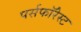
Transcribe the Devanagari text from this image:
पर्सफॉरेस्ट